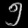
Digit: ၅